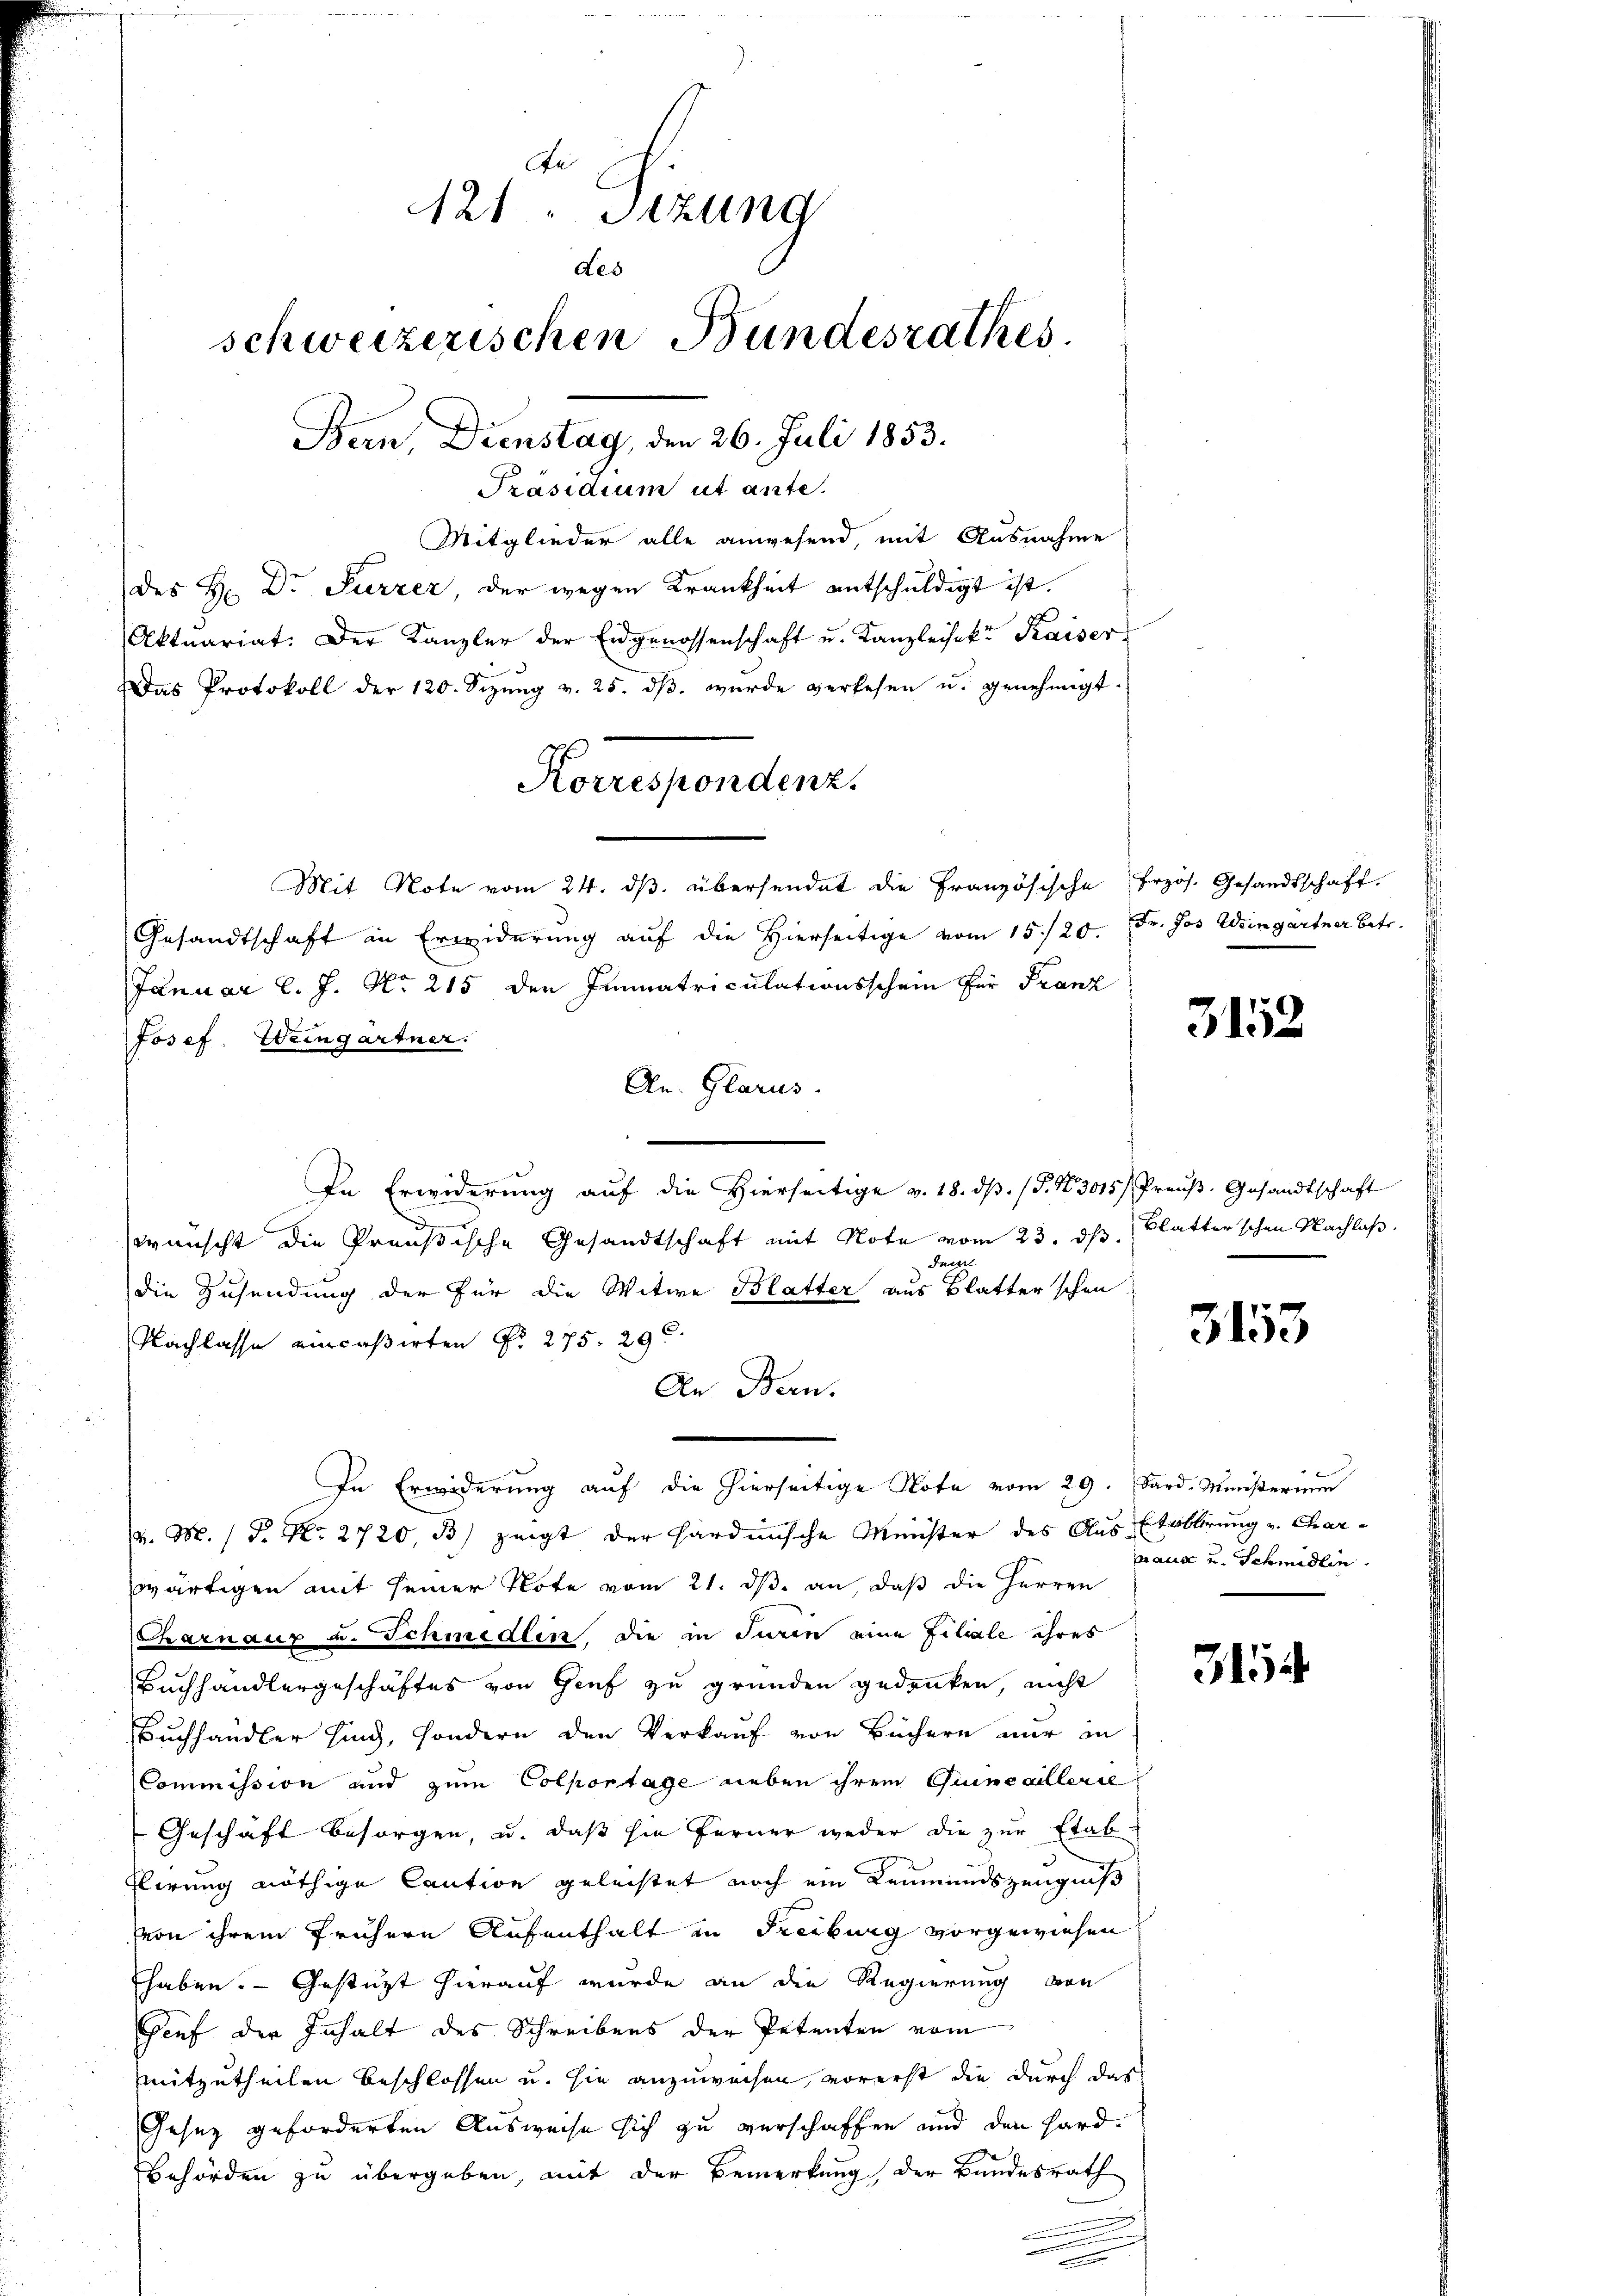
de
121. Sitzung
des
schweizerischen Bundesrathes.
Bern, Dienstag, den 26. Juli 1853.
Präsidium ut ante.
Mitglieder alle anwesend, mit Ausnahme

des H. Dr Surzer der wegen Krankheit entschuldigt ist.
Aktuariat. Der Kanzler der Eidgenossenschaft u. Kanzleisek. Kaiser

Das Protokoll der 120. Sizŭng v. 25. dβ. wurde verlesen u. genehmigt.
Mit Note vom 24. dβ übersendet die Französische Erzös. Gesandtschaft.
Gesandtschaft in Erwiderung auf die Hierseitige vom 15./20. Fr. Jos. Weingärtner betr.
Januar l. J. No 215 den Immatriculationsschein für Franz
Josef. Weingartner.
An. Glarus.
In Erwiderung aŭf die Hierseitige v. 18. dβ. / P. Nr. 3015/ Preŭβ- Gesandtschaft
d
wünscht die Preußische Gesandtschaft mit Note vom 23. ds.
dem
die Zusendung der für die Witwe Blatter aus Blatter schon
Nachlasse eincassirten No 275. 29
An Bern.
In Erwiderung auf die hierseitige Note vom 29. Sard. Ministerium
v. M. / P. Nr. 2720, B) zeigt der Hardmische Meister des Aus-Etablirung v. Charwärtigen mit seiner Note vom 21. ds. an daß die Herren
Charnaux u. Schmedlin, die in Jurin eine Filiale ihres
Buchhandlergeschäftes von Genf zu gründen gedrüken, nicht
Buchhändler sind, sondern den Verkauf von Büchern nur in
Commission und zum Colportage neben ihrem Giuncaillerie
Geschäft besorgen, u. daß sie ferner weder die zur Etab
Plirung nöthige Caution geleistet noch ein Leumundszeugniß
von ihrem frühere Aufenthalt in Freiburg vorgewiesen
haben. — Gestützt hierauf wurde an die Regierung von
Bief der Inhalt des Schreibens der Petenten vom
mitzutheilen beschlossen u. sie anzuweisen vorerst die durch das
Gesez geforderten Ausweise sich zu verschaffen und den Hard¬
Behörden zu übergeben, mit der Bemerkung, der Bundesrath

Korrespondenz.

3152

Blatter schon Nachlaß.

3153

aus u. Schmidlin.

315